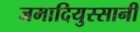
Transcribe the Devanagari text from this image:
जमादियुस्सानी